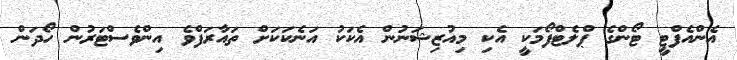
އެންއެފްޓީ ޓޯންގެ ޕްލެޓްފޯމަކީ އެކި މިއުޒިޝަނުން އެކަކު އަނެކަކަށް ތައާރަފްވެ އިންވެސްޓަރުން ހޯދަން